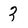
Character: 3